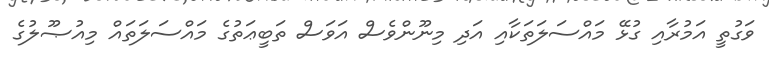
ވަގުތީ އަމުރާއި ގުޅޭ މައްސަލަތަކާއި އަދި މިނޫންވެސް އަވަސް ތަބީޢަތުގެ މައްސަލަތައް މިއުޞޫލުގެ